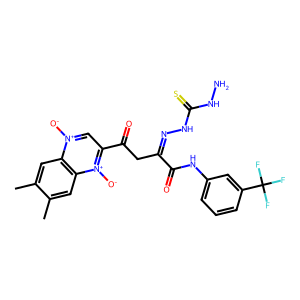
SMILES: Cc1cc2c(cc1C)[n+]([O-])c(C(=O)CC(=NNC(=S)NN)C(=O)Nc1cccc(C(F)(F)F)c1)c[n+]2[O-]
Inhibits HIV replication: No